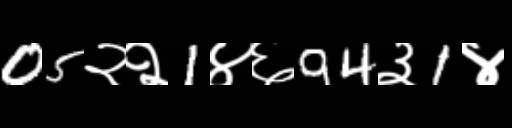
Text: 05२२1४६94३1४